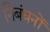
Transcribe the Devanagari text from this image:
निबंधनों